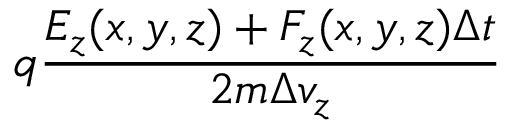
q \frac { E _ { z } ( x , y , z ) + F _ { z } ( x , y , z ) \Delta t } { 2 m \Delta v _ { z } }